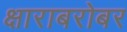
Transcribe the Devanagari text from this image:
क्षाराबरोबर